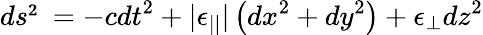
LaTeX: ds²=-cdt^{2}+|\epsilon_{||}|\left(dx^{2}+dy^{2}\right)+\epsilon_{\perp}dz^{2}